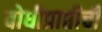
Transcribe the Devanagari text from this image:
बोधीप्राप्तीची